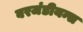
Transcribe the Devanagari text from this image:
बरजंडीयन्स